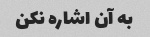
به آن اشاره نکن